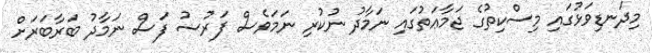
މިދަނޑިވަޅުގައި މިސްކިތުގެ ޖަމާޢަތުގައި ނަމާދު ނުކުރި ނަމަވެސް ފަރުޟު ފަސް ނަމާދު ބަރާބަރަށް